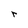
Character: r